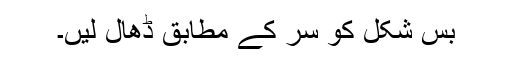
بس شکل کو سر کے مطابق ڈھال لیں۔